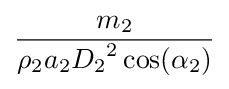
{\frac {m_{2}}{\rho _{2}a_{2}{D_{2}}^{2}\cos(\alpha _{2})}}